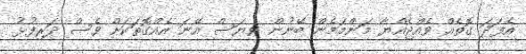
އެފަދަ ގޮތެއް ވެއްޖެއްޔާ މަންމަމެން ބޭނުން ވިޔަސް އޭނަ އެއްގޮތަކަށް ވެސް ދަރިފުޅު